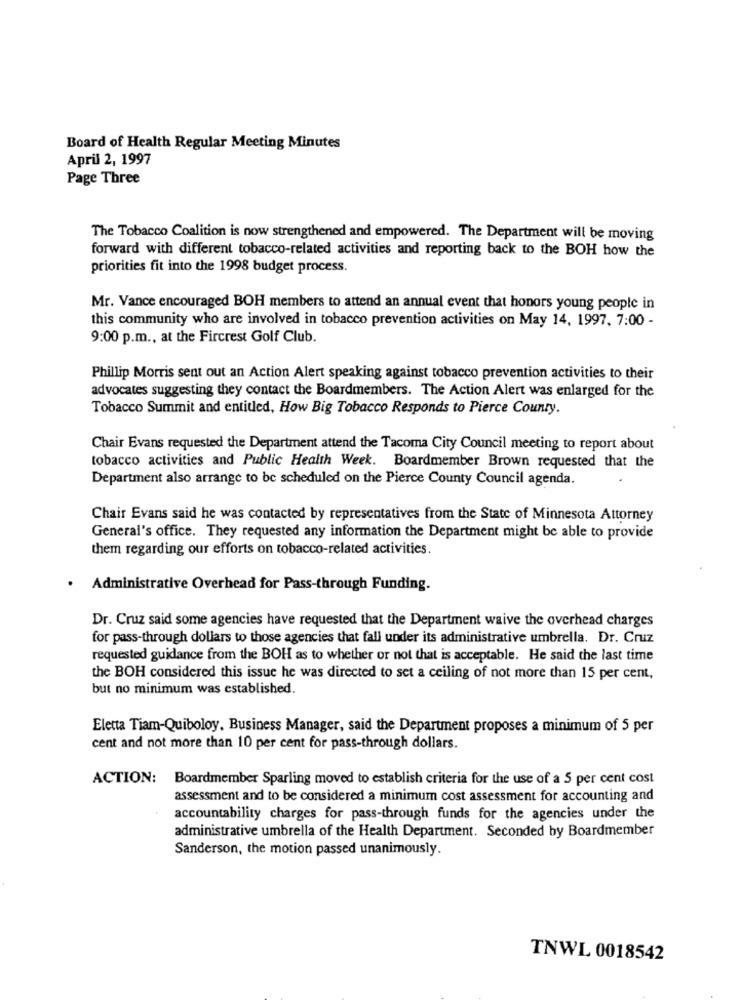
Board of Health Regular Meeting Minutes
April 2, 1997
Page Three
The Tobacco Coalition is now strengthened and empowered. The Department will be moving
forward with different tobacco-related activities and reporting back to the BOH how the
priorities fit into the 1998 budget process.
Mr. Vance encouraged BOH members to attend an annual event that honors young people in
this community who are involved in tobacco prevention activities on May 14, 1997. 7:00 -
9:00 p.m ., at the Fircrest Golf Club.
Phillip Morris sent out an Action Alert speaking against tobacco prevention activities to their
advocates suggesting they contact the Boardmembers. The Action Alert was enlarged for the
Tobacco Summit and entitled, How Big Tobacco Responds to Pierce County.
Chair Evans requested the Department attend the Tacoma City Council meeting to report about
tobacco activities and Public Health Week. Boardmember Brown requested that the
Department also arrange to be scheduled on the Pierce County Council agenda.
Chair Evans said he was contacted by representatives from the State of Minnesota Attorney
General's office. They requested any information the Department might be able to provide
them regarding our efforts on tobacco-related activities.
.
Administrative Overhead for Pass-through Funding.
Dr. Cruz said some agencies have requested that the Department waive the overhead charges
for pass-through dollars to those agencies that fall under its administrative umbrella. Dr. Cruz
requested guidance from the BOH as to whether or not that is acceptable. He said the last time
the BOH considered this issue he was directed to set a ceiling of not more than 15 per cent,
but no minimum was established.
Eletta Tiam-Quiboloy, Business Manager, said the Department proposes a minimum of 5 per
cent and not more than 10 per cent for pass-through dollars.
ACTION:
Boardmember Sparling moved to establish criteria for the use of a 5 per cent cost
assessment and to be considered a minimum cost assessment for accounting and
accountability charges for pass-through funds for the agencies under the
administrative umbrella of the Health Department. Seconded by Boardmember
Sanderson, the motion passed unanimously.
TNWL 0018542